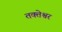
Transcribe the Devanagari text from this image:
तक्तेश्वर